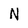
Character: N